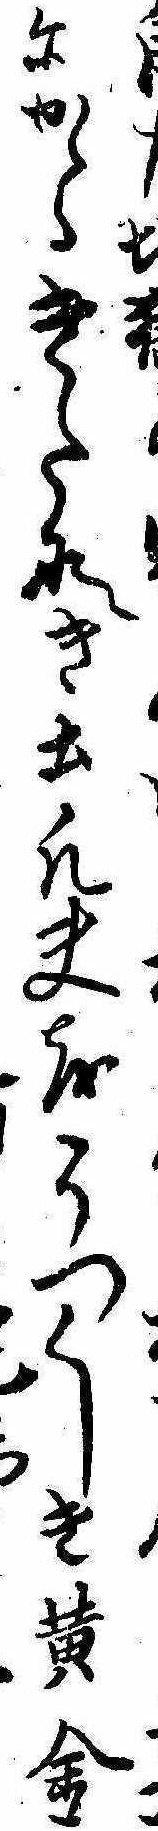
力にかゝるきたしき土凡夫をうつくしき黄金